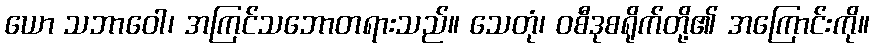
ယော သဘာဝေါ၊ အကြင်သဘောတရားသည်။ သေတုံ၊ ဝစီဒုစရိုက်တို့၏ အကြောင်းကို။